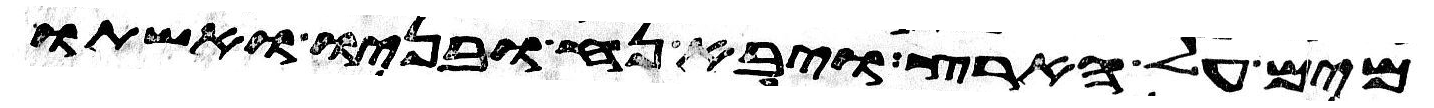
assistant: מים על הארץ ויבא נח ובניו ואשתו